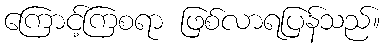
ကြောင့်ကြစရာ ဖြစ်လာရပြန်သည်။